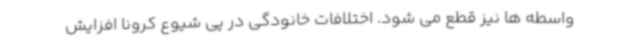
واسطه ها نیز قطع می شود. اختلافات خانودگی در پی شیوع کرونا افزایش